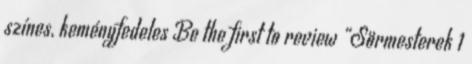
színes, keményfedeles Be the first to review “Sörmesterek 1